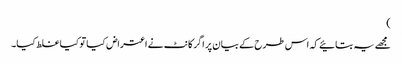
)
مجھے یہ بتائیے کہ اس طرح کے بیان پر اگر کانٹ نے اعتراض کیا تو کیا غلط کیا۔